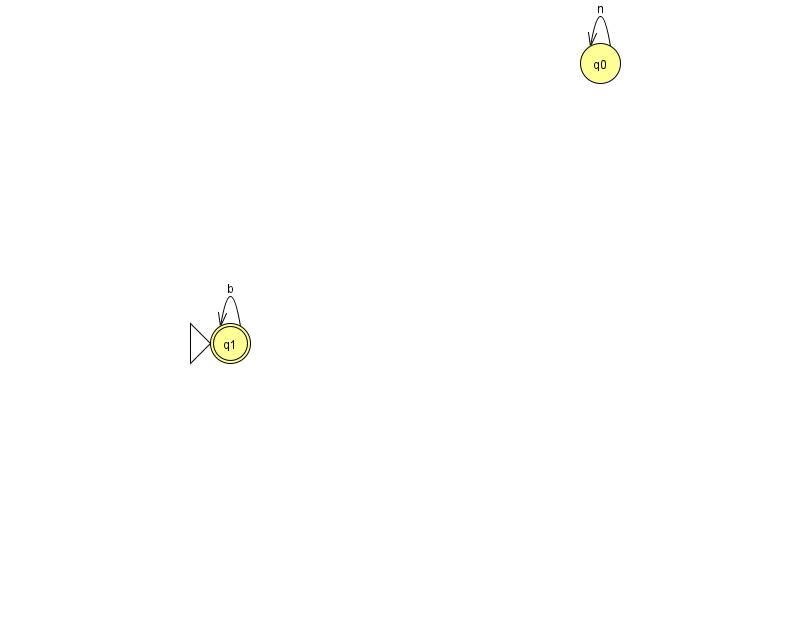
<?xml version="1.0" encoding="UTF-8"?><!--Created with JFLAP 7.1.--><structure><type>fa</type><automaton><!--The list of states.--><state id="0" name="q0"><x>600.0</x><y>50.0</y></state><state id="1" name="q1"><x>230.0</x><y>330.0</y><initial/><final/></state><!--The list of transitions.--><transition><from>1</from><to>1</to><read>b</read></transition><transition><from>0</from><to>0</to><read>n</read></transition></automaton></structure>